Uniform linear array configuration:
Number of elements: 24
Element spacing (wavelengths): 0.5
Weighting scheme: cosine
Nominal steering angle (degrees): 60
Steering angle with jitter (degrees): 61.37
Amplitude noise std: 0.05
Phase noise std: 0.05

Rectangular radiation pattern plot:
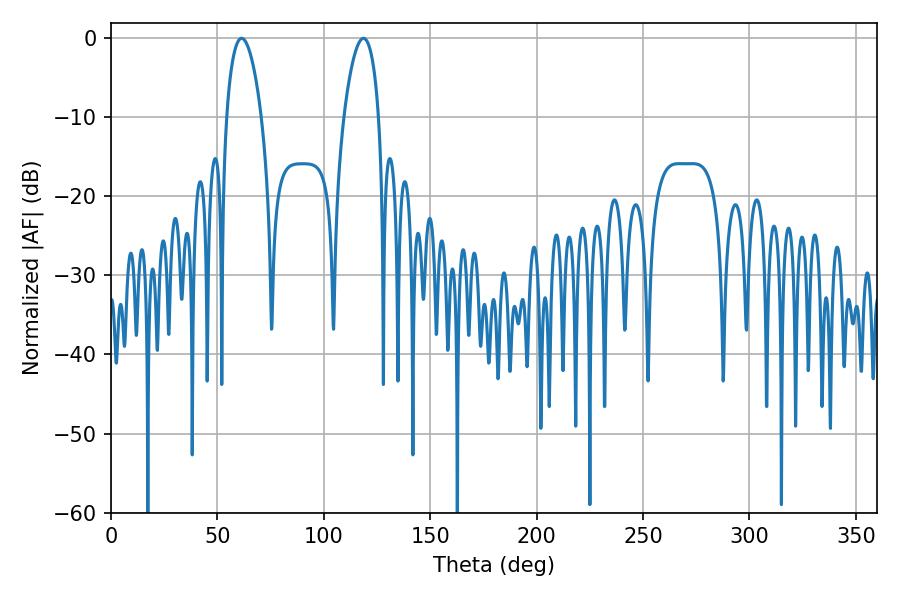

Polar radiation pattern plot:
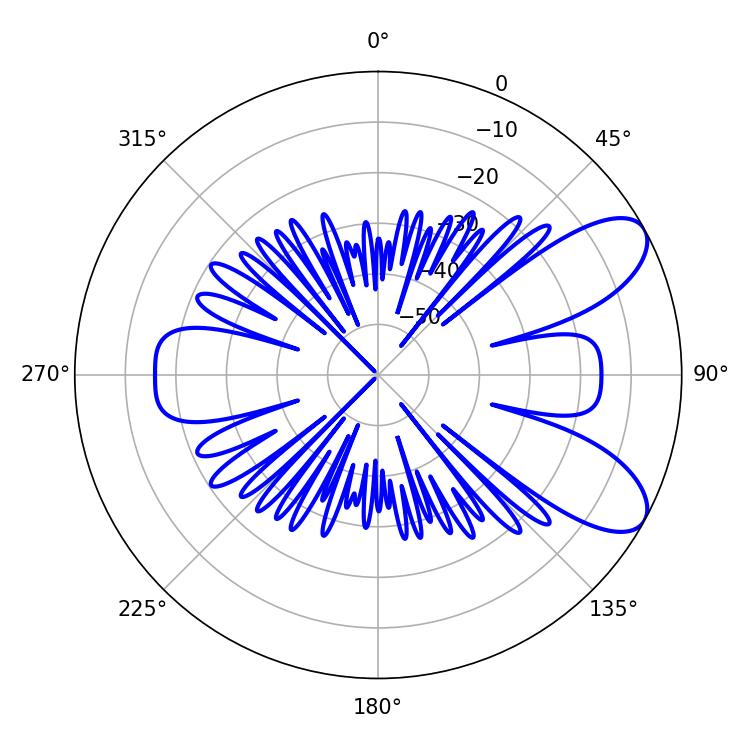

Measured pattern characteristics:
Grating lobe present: FALSE
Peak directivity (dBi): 8.26
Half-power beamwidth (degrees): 9.36
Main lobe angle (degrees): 61.38